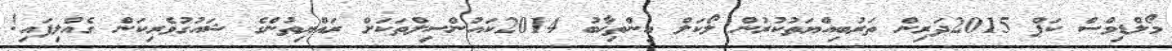
މޯލްޑިވްސް ކަޕް 2015ދަރިން ތަރުބިއްޔަތުކުރުން ލޯކަލް އިންތިޚާބު 2014ކައުންސިލްތަކަށް ރައްޔިތުންގެ ޝައުގުވެރިކަން ގެއްލިފައި!